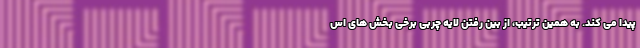
پیدا می کند. به همین ترتیب، از بین رفتن لایه چربی برخی بخش های اس